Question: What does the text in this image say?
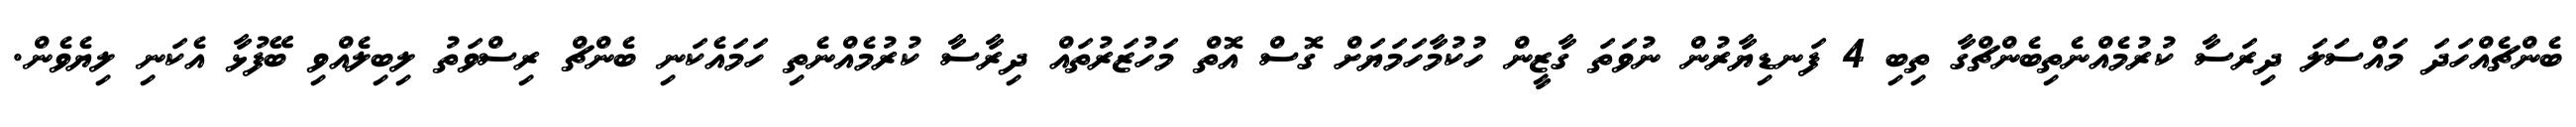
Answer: ބެންޗެއްހަދަ މައްސަލަ ދިރަސާ ކުރުމެއްނެތިބެންޗްގާ ތިބި 4 ފަނޑިޔާރުން ނުވަތަ ގާޒީން ހުކުމާހަމަޔަށް ގޮސް އޮތް މަހުޒަރުތައް ދިރާސާ ކުރުމެއްނެތި ހަމައެކަނި ބެންޗް ރިސްވަތު ލިބިލެއްވި ބޭފުޅާ އެކަނި ލިޔެވެން.